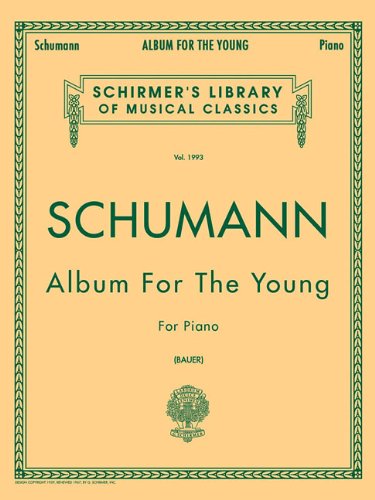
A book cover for Schumann: Album for the Young, Op. 68: Piano Solo (Schirmer's Library of Musical Classics); Humor & Entertainment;